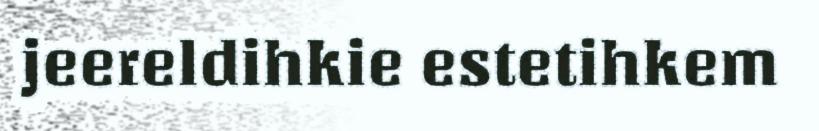
jeereldihkie estetihkem